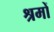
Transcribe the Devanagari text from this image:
श्रमों